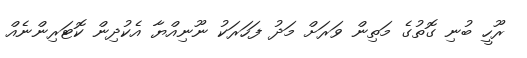
ރޫހީ ބުނި ގޮތުގެ މަތިން ވަރަށް މަދު ފަހަރަކު ނޫނިއްޔާ އެކުދިން ކޮޓަރިންނެއް